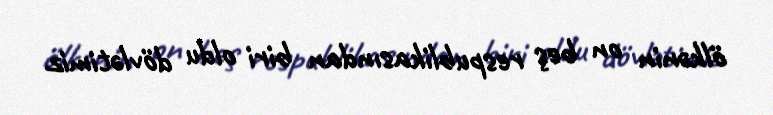
ölkənin on beş respublikasından biri oldu dövlətimiz.